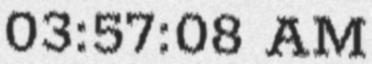
03:57:08 AM